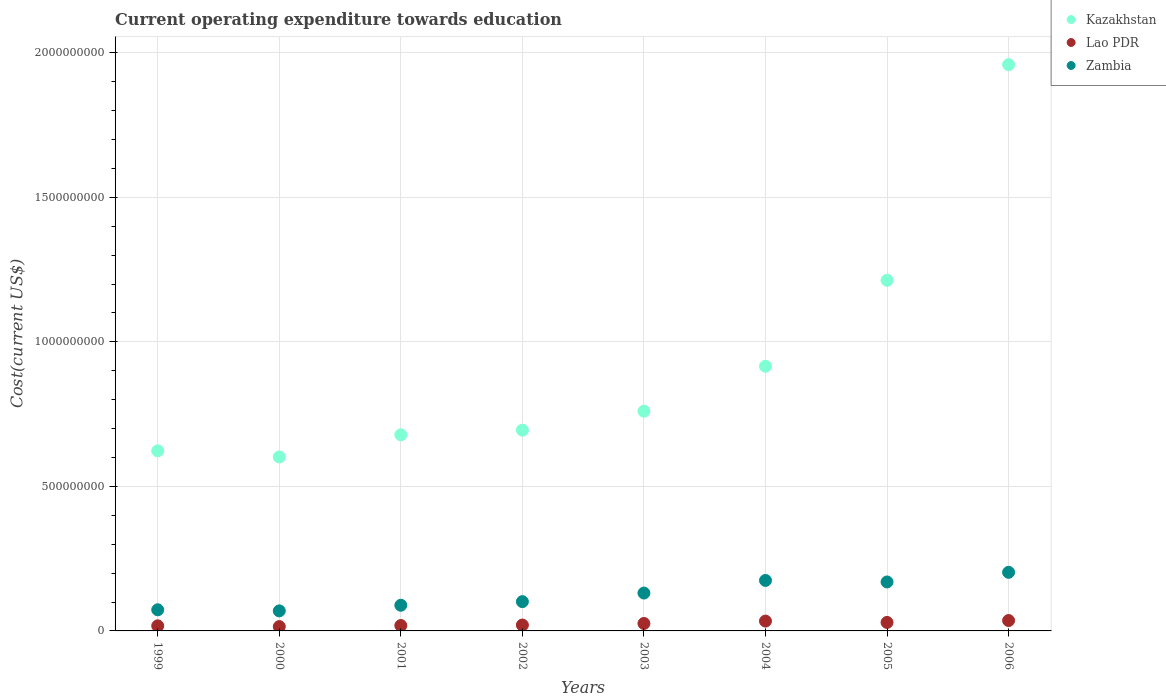
| Years | Kazakhstan | Lao PDR | Zambia |
 | --- | --- | --- | --- |
 | 1999 | 6.23e+08 | 1.77e+07 | 7.31e+07 |
 | 2000 | 6.02e+08 | 1.49e+07 | 6.93e+07 |
 | 2001 | 6.78e+08 | 1.87e+07 | 8.88e+07 |
 | 2002 | 6.95e+08 | 2.03e+07 | 1.01e+08 |
 | 2003 | 7.6e+08 | 2.58e+07 | 1.31e+08 |
 | 2004 | 9.16e+08 | 3.4e+07 | 1.75e+08 |
 | 2005 | 1.21e+09 | 2.94e+07 | 1.69e+08 |
 | 2006 | 1.96e+09 | 3.59e+07 | 2.03e+08 |